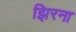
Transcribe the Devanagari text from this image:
झिरना